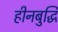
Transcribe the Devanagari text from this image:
हीनबुद्धि